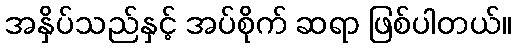
အနှိပ်သည်နှင့် အပ်စိုက် ဆရာ ဖြစ်ပါတယ်။